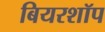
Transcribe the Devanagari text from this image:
बियरशॉप